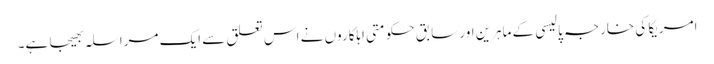
امریکا کی خارجہ پالیسی کے ماہرین اور سابق حکومتی اہلکاروں نے اس تعلق سے ایک مراسلہ بھیجا ہے۔